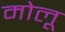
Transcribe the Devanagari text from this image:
मोलू